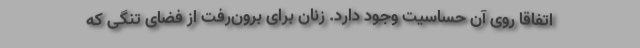
اتفاقاً روی آن حساسیت وجود دارد. زنان برای برون‌رفت از فضای تنگی که